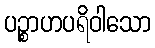
ပဉ္စာဟပရိဝါသော